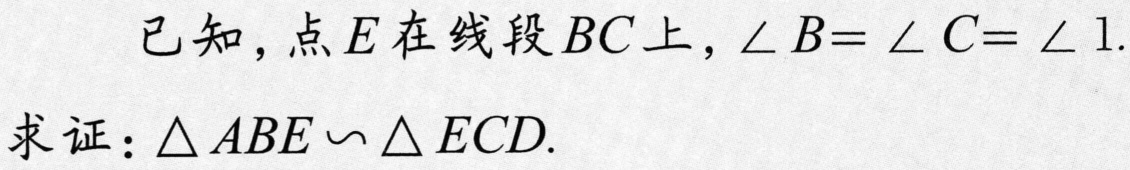
已知，点\(E\)在线段\(BC\)上，\(\angle B = \angle C = \angle 1\).
求证：\(\triangle ABE\backsim\triangle ECD\).